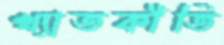
খ্যাতকীর্তি